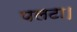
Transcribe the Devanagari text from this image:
पलटा।